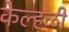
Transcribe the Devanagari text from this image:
केल्हळी